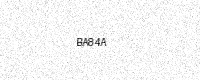
Text: BA84A